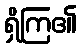
ရှိကြ၏